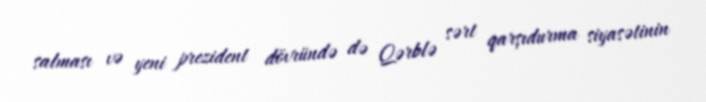
salması və yeni prezident dövründə də Qərblə sərt qarşıdurma siyasətinin